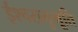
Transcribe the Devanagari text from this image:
ईश्वरानुभूति